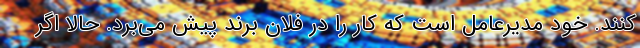
‌کنند. خودِ مدیرعامل است که کار را در فلان برند پیش می‌برد. حالا اگر